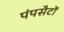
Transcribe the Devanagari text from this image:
पंपसैटों